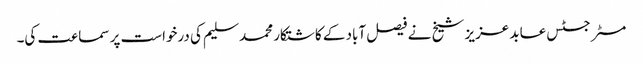
مسٹر جسٹس عابد عزیز شیخ نے فیصل آباد کے کاشتکار محمد سلیم کی درخواست پر سماعت کی۔